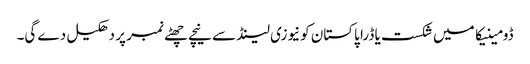
ڈومینیکا میں شکست یا ڈرا پاکستان کونیوزی لینڈ سے نیچے چھٹے نمبر پر دھکیل دے گی۔